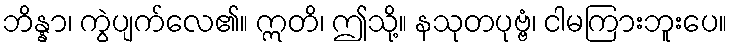
ဘိန္နာ၊ ကွဲပျက်လေ၏။ ဣတိ၊ ဤသို့။ နသုတပုဗ္ဗံ၊ ငါမကြားဘူးပေ။